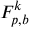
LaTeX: F _ { p , b } ^ { k }